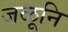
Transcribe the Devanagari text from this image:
जळूनि